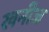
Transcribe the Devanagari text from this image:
खनीज